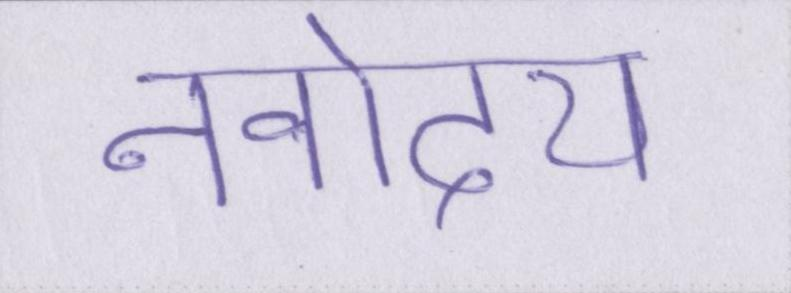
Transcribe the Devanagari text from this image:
नवोदय